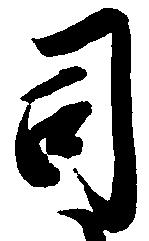
司